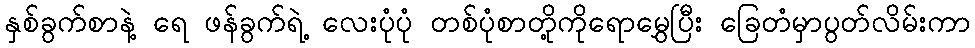
နှစ်ခွက်စာနဲ့ ရေ ဖန်ခွက်ရဲ့ လေးပုံပုံ တစ်ပုံစာတို့ကိုရောမွှေပြီး ခြေတံမှာပွတ်လိမ်းကာ